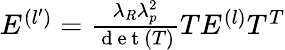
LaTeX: \begin{array}{r}{E^{(l^{\prime})}=\frac{\lambda_{R}\lambda_{p}^{2}}{\mathrm{~d~e~t~}(T)}TE^{(l)}T^{T}}\end{array}